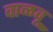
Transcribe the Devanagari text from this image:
वाळवू